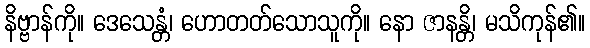
နိဗ္ဗာန်ကို။ ဒေသေန္တံ၊ ဟောတတ်သောသူကို။ နော ဇာနန္တိ၊ မသိကုန်၏။